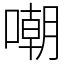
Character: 嘲